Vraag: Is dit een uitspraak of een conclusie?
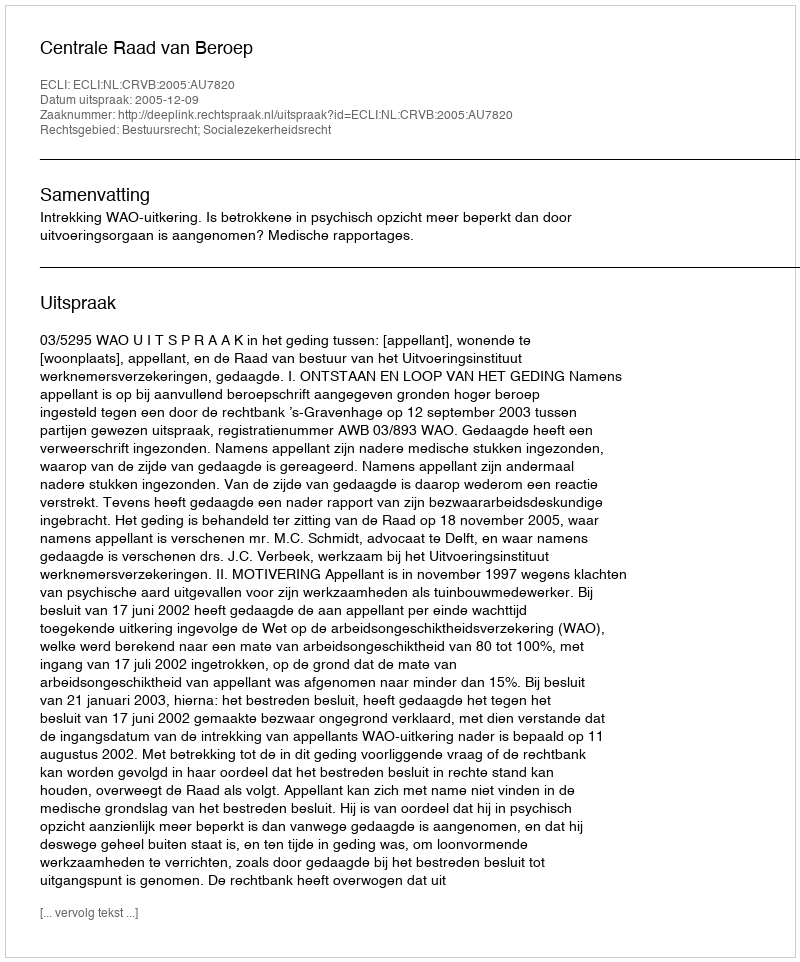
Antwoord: Uitspraak